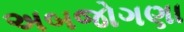
અબજોગણા